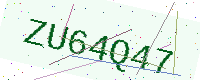
Text: ZU64Q47